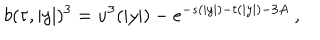
LaTeX: b ( \tau , | y | ) ^ { 3 } = u ^ { 3 } ( | y | ) - e ^ { - s ( | y | ) - t ( | y | ) - 3 A } ~ ,